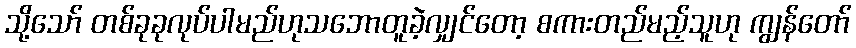
သို့သော် တစ်ခုခုလုပ်ပါမည်ဟုသဘောတူခဲ့လျှင်တော့ စကားတည်မည့်သူဟု ကျွန်တော်